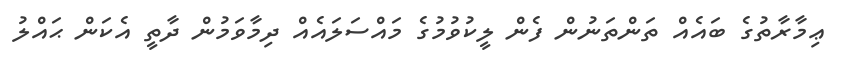
ޢިމާރާތުގެ ބައެއް ތަންތަނުން ފެން ލީކުވުމުގެ މައްސަލައެއް ދިމާވަމުން ދާތީ އެކަން ޙައްލު